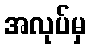
အလုပ်မှ